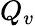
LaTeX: Q_{v}